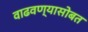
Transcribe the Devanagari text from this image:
वाढवण्यासोबत